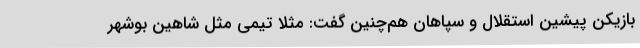
بازیکن پیشین استقلال و سپاهان هم‌چنین گفت: مثلا تیمی مثل شاهین بوشهر